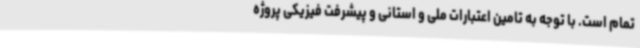
تمام است. با توجه به تامین اعتبارات ملی و استانی و پیشرفت فیزیکی پروژه